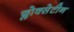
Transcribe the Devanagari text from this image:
फ्लोक्सेटीन